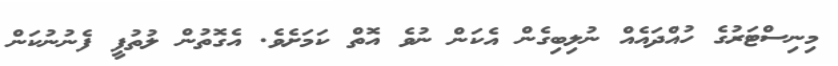
މިނިސްޓަރުގެ ހުއްދައެއް ނުލިބިގެން އެކަން ނުވެ އޮތް ކަމަށެވެ. އެގޮތުން ލުތުފީ ފެނުނުކަން